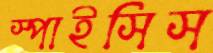
স্পাইসিস